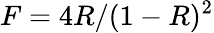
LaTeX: F=4R/(1-R)^{2}